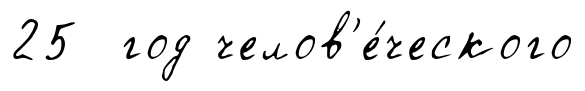
25 год челов'е́ческого